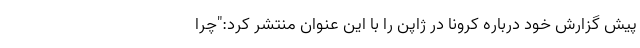
پیش گزارش خود درباره کرونا در ژاپن را با این عنوان منتشر کرد:"چرا